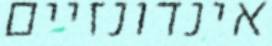
אינדונזיים